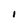
Character: I